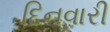
દિનવારી